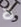
لا